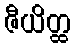
ဇီယိတ္ထ